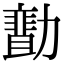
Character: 𠢻